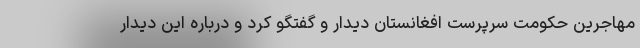
مهاجرین حکومت سرپرست افغانستان دیدار و گفتگو کرد و درباره این دیدار